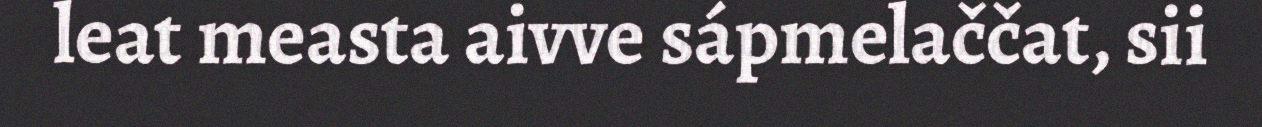
leat measta aivve sápmelaččat, sii